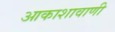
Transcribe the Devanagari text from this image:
आकाशावाणी